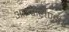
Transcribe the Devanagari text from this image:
आइसलैण्डी।